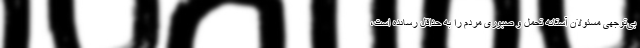
بی‌توجهی مسئولان آستانه تحمل و صبوری مردم را به حداقل رسانده است،